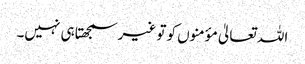
اللہ تعالیٰ مؤمنوں کو تو غیر سمجھتا ہی نہیں۔